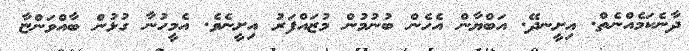
ދާނެކަމެއްނެތް. އިށީނދޭ. އަބްޔާން އެހެން ބުނުމުން މުޒައްފަރު އިށީނެވެ. އެމީހުނާ ގުޅުން ބާއްވަންޏާ